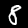
Digit: 8